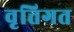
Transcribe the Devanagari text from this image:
वृत्तिगत